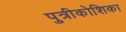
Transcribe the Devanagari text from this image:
पुत्रीकोशिका